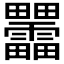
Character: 𰣞